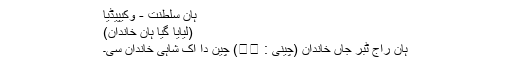
ہان سلطنت - وکیپیڈیا
(لیایا گیا ہان خاندان)
ہان راج ٹبر جاں خاندان (چینی : 汉朝) چین دا اک شاہی خاندان سی۔